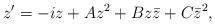
LaTeX: \begin{align*}z'=-i z+Az^2+Bz\bar{z}+C\bar{z}^2,\end{align*}